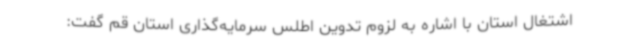
اشتغال استان با اشاره به لزوم تدوین اطلس سرمایه‌گذاری استان قم گفت: